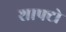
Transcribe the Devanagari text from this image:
शाफ्टो